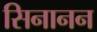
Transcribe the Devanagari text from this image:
सिनानन